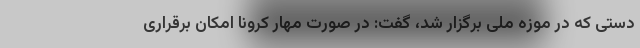
دستی که در موزه ملی برگزار شد، گفت: در صورت مهار کرونا امکان برقراری